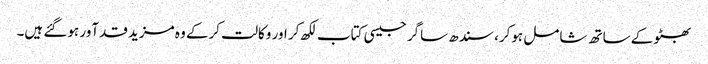
بھٹو کے ساتھ شامل ہوکر، سندھ ساگر جیسی کتاب لکھ کر اور وکالت کرکے وہ مزید قدآور ہوگئے ہیں۔